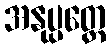
အနုပ္ပတ္တေ